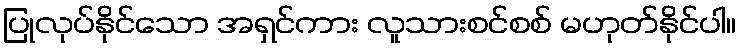
ပြုလုပ်နိုင်သော အရှင်ကား လူသားစင်စစ် မဟုတ်နိုင်ပါ။